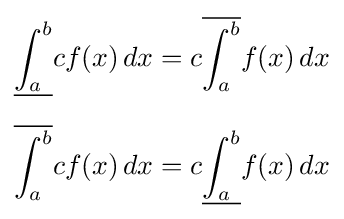
{\begin{aligned}{\underline {\int _{a}^{b}}}cf(x)\,dx&=c{\overline {\int _{a}^{b}}}f(x)\,dx\\[6pt]{\overline {\int _{a}^{b}}}cf(x)\,dx&=c{\underline {\int _{a}^{b}}}f(x)\,dx\end{aligned}}